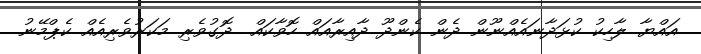
އައްޔާ ލާހިކު ކުޅަދާނައެއްނޫން ދެން ކެންދޫ ދާއިރާއައް ހޮވާކައް.. ދޮގުވެރި މަކަރުވެރިއެއް ކެޕްމޭނު